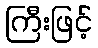
ကြီးဖြင့်